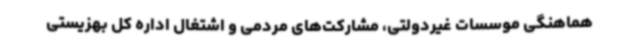
هماهنگی موسسات غیردولتی، مشارکت‌های مردمی و اشتغال اداره کل بهزیستی